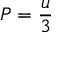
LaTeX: P = { \frac { u } { 3 } }